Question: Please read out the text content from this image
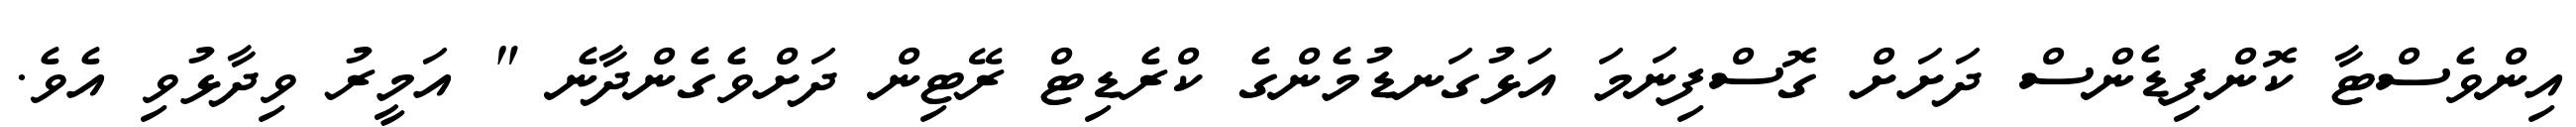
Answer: އިންވެސްޓާ ކޮންފިޑެންސް ދަށަށް ގޮސްފިނަމަ އަޅުގަނޑުމެންގެ ކްރެޑިޓް ރޭޓިން ދަށްވެގެންދާނެ " އަމީރު ވިދާޅުވި އެވެ.